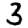
Digit: 3